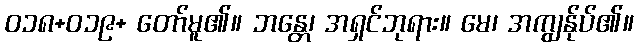
ဝ၁၈+ဝ၁၉+ တော်မူ၏။ ဘန္တေ၊ အရှင်ဘုရား။ မေ၊ အကျွန်ုပ်၏။